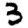
Digit: 3